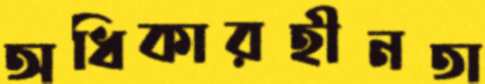
অধিকারহীনতা